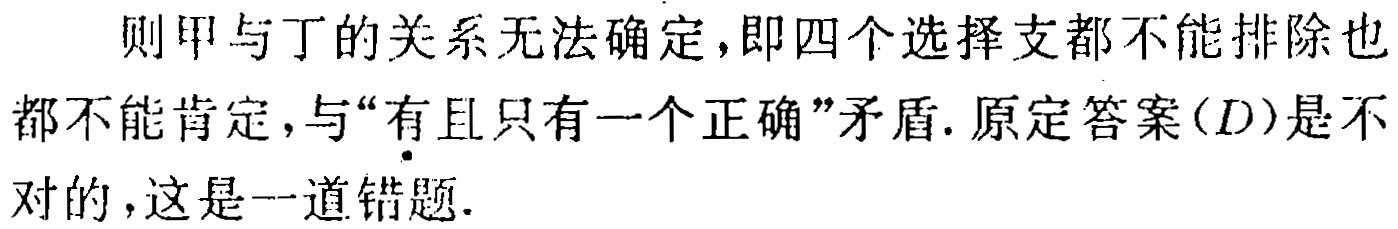
则甲与丁的关系无法确定,即四个选择支都不能排除也都不能肯定,与“有且只有一个正确”矛盾.原定答案\((D)\)是不对的,这是一道错题.